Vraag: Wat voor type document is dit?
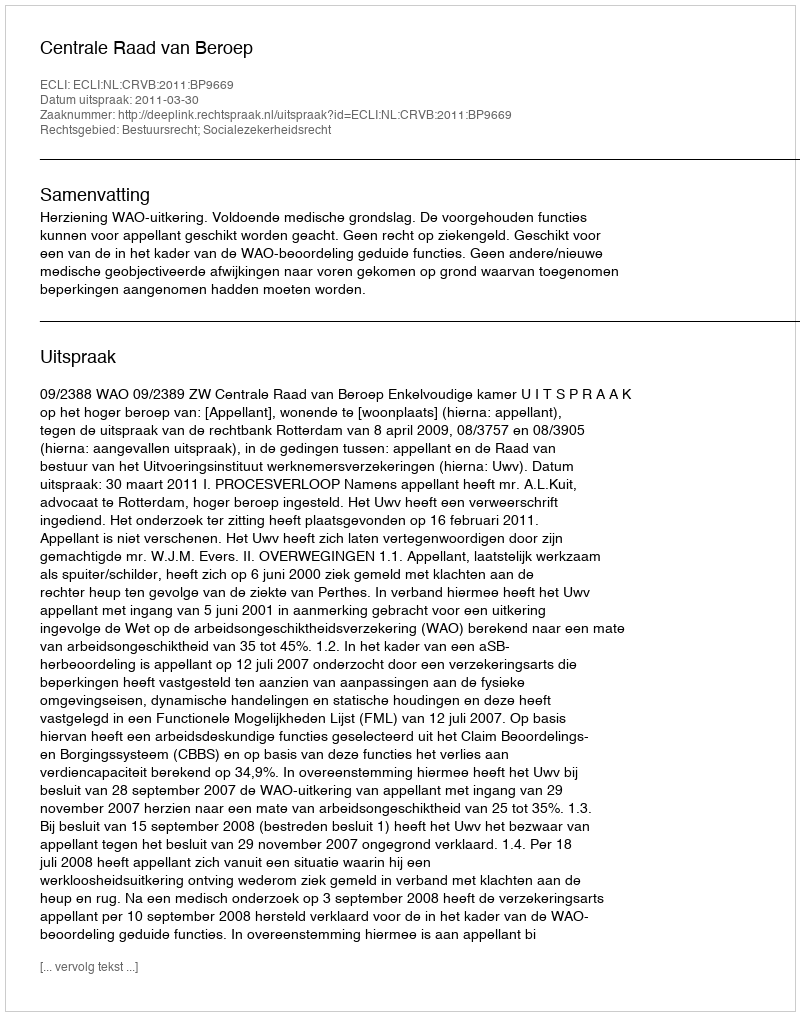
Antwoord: Uitspraak